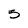
Character: 5